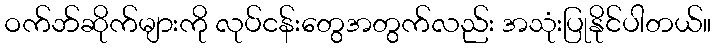
ဝက်ဘ်ဆိုက်များကို လုပ်ငန်းတွေအတွက်လည်း အသုံးပြုနိုင်ပါတယ်။